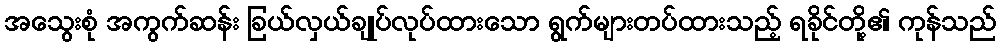
အသွေးစုံ အကွက်ဆန်း ခြယ်လှယ်ချုပ်လုပ်ထားသော ရွက်များတပ်ထားသည့် ရခိုင်တို့၏ ကုန်သည်